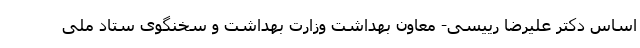
اساس دکتر علیرضا رییسی- معاون بهداشت وزارت بهداشت و سخنگوی ستاد ملی